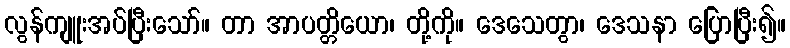
လွန်ကျူးအပ်ပြီးသော်။ တာ အာပတ္တိယော၊ တို့ကို။ ဒေသေတွာ၊ ဒေသနာ ပြောပြီး၍။